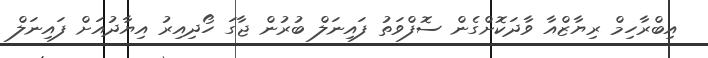
އިބްރާހިމް ރިޔާޒްއާ ވާދަކޮށްގެން ސޮފްވަތު ފައިނަލް ބުރުން ޖާގަ ހޯދިއިރު އިޔާދުއަށް ފައިނަލް